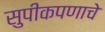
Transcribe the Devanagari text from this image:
सुपीकपणाचे